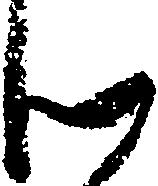
ん